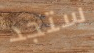
ستجد